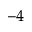
^ { - 4 }